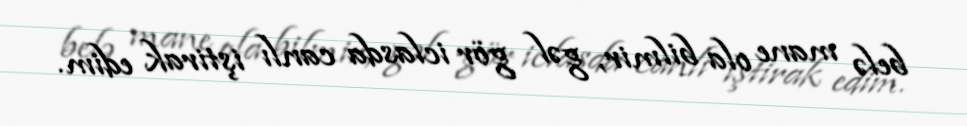
belə mane ola bilmir, gəl gör iclasda canlı iştirak edim.